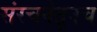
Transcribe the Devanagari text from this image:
संरचनेतूनच